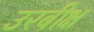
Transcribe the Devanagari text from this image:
उरबीक्ष